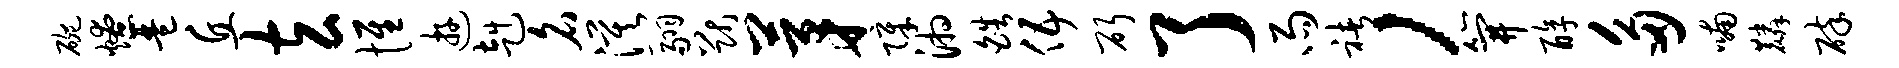
碗燎琶丘玄惟游赳名漠翮猷茅障湘皓伍斫了雨褚，笄醇多喃麟碎